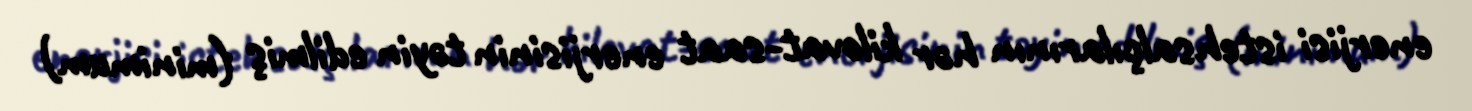
enerjisi istehsalçılarının hər kilovat-saat enerjisinin təyin edilmiş (minimum)